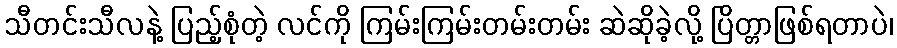
သီတင်းသီလနဲ့ ပြည့်စုံတဲ့ လင်ကို ကြမ်းကြမ်းတမ်းတမ်း ဆဲဆိုခဲ့လို့ ပြိတ္တာဖြစ်ရတာပဲ၊